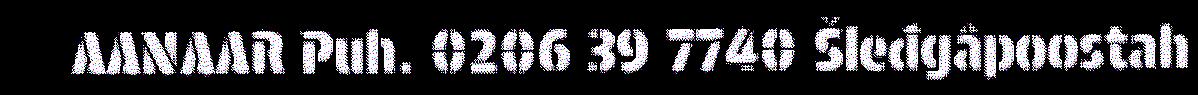
AANAAR Puh. 0206 39 7740 Šleđgâpoostah